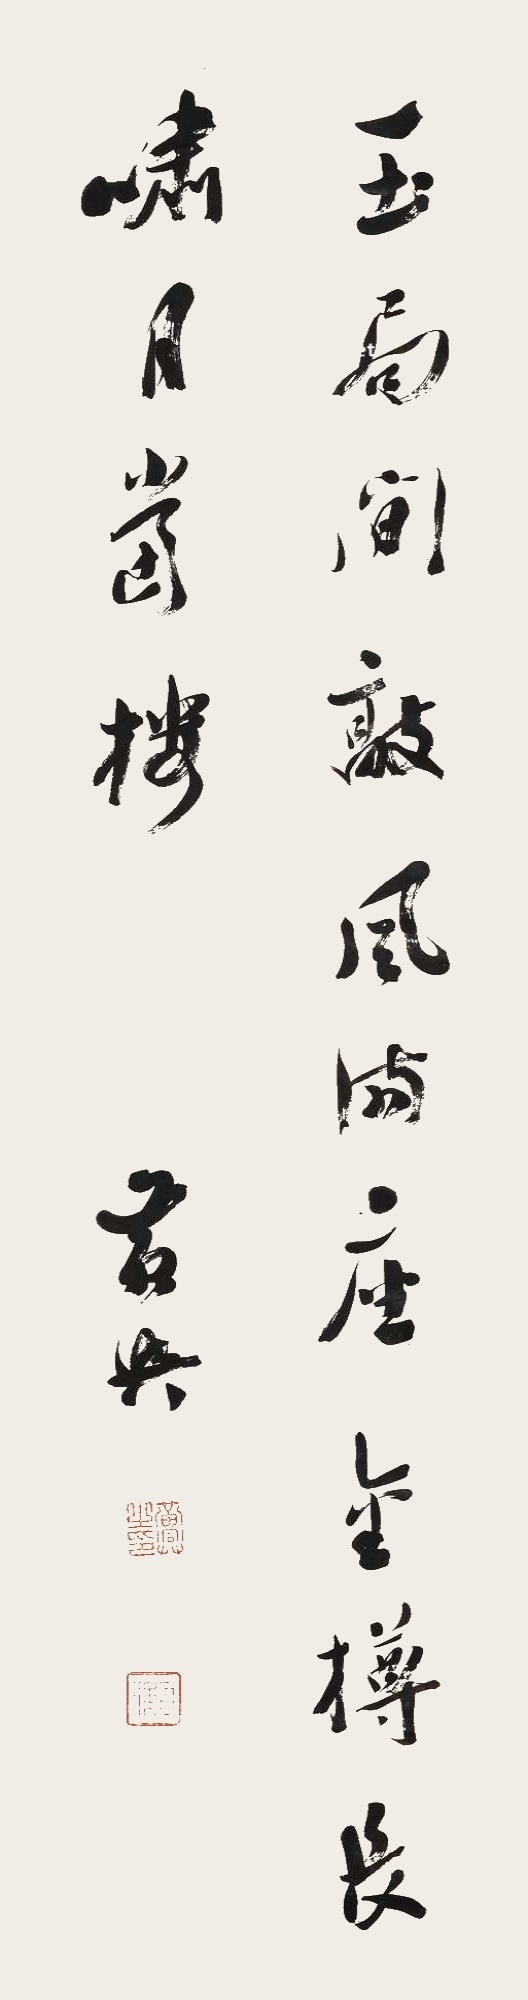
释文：玉局闲敲风满座，金樽长啸月当楼。黄兴。